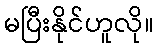
မပြီးနိုင်ဟူလို။